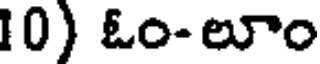
10) ఓం-లూం